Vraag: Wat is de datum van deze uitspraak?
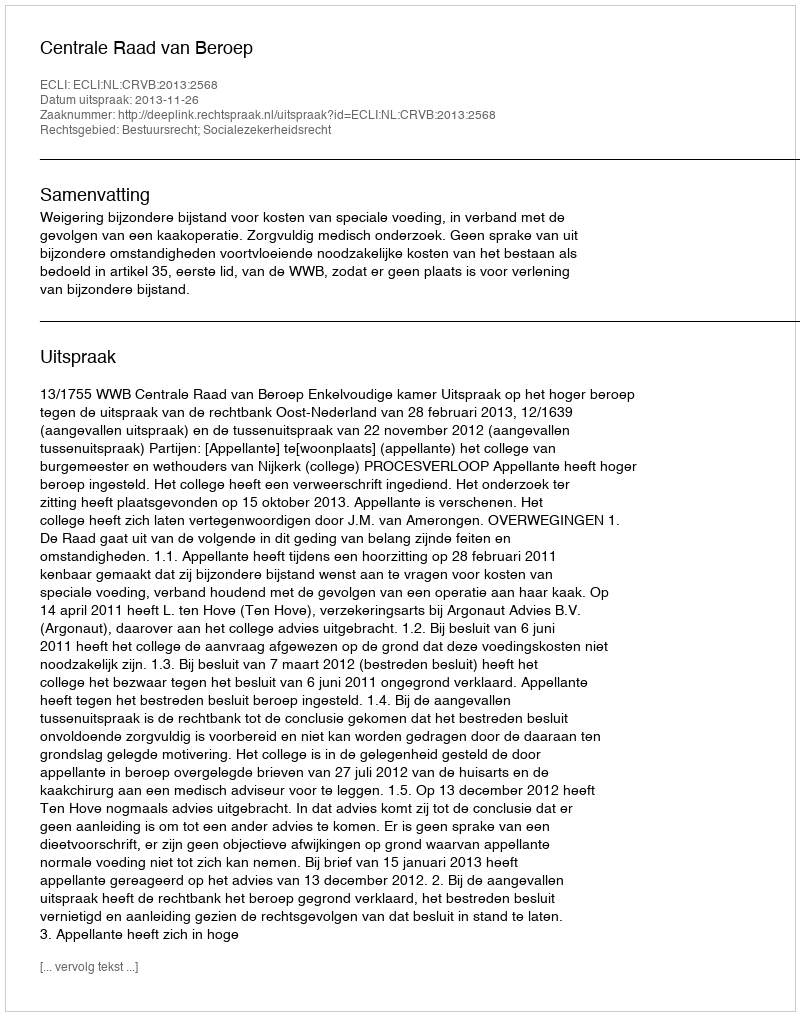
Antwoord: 2013-11-26